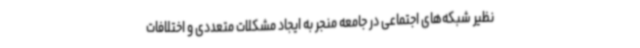
نظیر شبکه‌های اجتماعی در جامعه منجر به ایجاد مشکلات متعددی و اختلافات